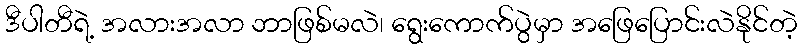
ဒီပါတီရဲ့ အလားအလာ ဘာဖြစ်မလဲ၊ ရွေးကောက်ပွဲမှာ အဖြေပြောင်းလဲနိုင်တဲ့